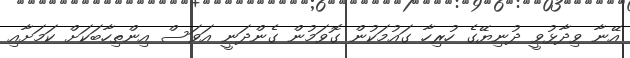
އޭނާ ވިދާޅުވީ ދުނިޔޭގެ ހުރިހާ ގައުމަކުން ގޮވަމުން ގެންދަނީ އަވަސް އިންތިހާބަކަށް ކަމަށާއި